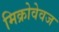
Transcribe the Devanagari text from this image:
मिक्रोवेवज